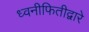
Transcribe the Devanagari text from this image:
ध्वनीफितीद्वारे